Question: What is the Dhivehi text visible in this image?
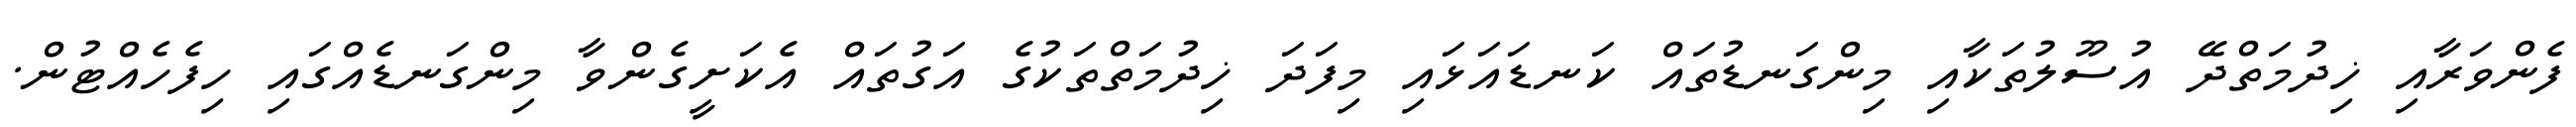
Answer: ފެންވަރާއި ޚިދުމަތްދޭ އުސޫލުތަކާއި މިންގަނޑުތައް ކަނޑައަޅައި މިފަދަ ޚިދުމަތްތަކުގެ އަގުތައް އެކަށީގެންވާ މިންގަނޑެއްގައި ހިފެހެއްޓުން.